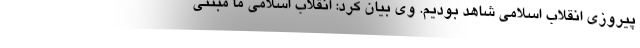
پیروزی انقلاب اسلامی شاهد بودیم. وی بیان کرد: انقلاب اسلامی ما مبتنی